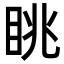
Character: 眺